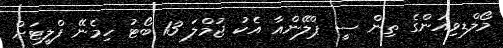
މޯލްޑިވިއަންގެ ތިން ސީ ޕްލޭންއާ އެކު ޖުމްލަ 13 ބޯޓު ހިމެނޭ ފްލީޓަށް